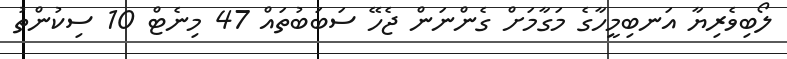
ލޯބިވެރިޔާ އަނބިމީހާގެ މަގާމަށް ގެންނަން ޖެހޭ ސަބަބުތައް 47 މިނެޓް 10 ސިކުންތު